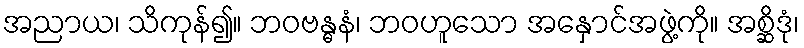
အညာယ၊ သိကုန်၍။ ဘဝဗန္ဓနံ၊ ဘဝဟူသော အနှောင်အဖွဲ့ကို။ အစ္ဆိဒုံ၊